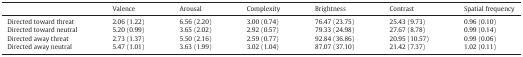
|  | Valence | Arousal | Complexity | Brightness | Contrast | Spatial frequency |
 | --- | --- | --- | --- | --- | --- | --- |
 | Directed toward threat | 2.06 (1.22) | 6.56 (2.20) | 3.00 (0.74) | 76.47 (23.75) | 25.43 (9.73) | 0.96 (0.10) |
 | Directed toward neutral | 5.20 (0.99) | 3.65 (2.02) | 2.92 (0.57) | 79.33 (24.98) | 27.67 (8.78) | 0.99 (0.14) |
 | Directed away threat | 2.73 (1.37) | 5.50 (2.16) | 2.59 (0.77) | 92.84 (36.86) | 20.95 (10.57) | 0.99 (0.06) |
 | Directed away neutral | 5.47 (1.01) | 3.63 (1.99) | 3.02 (1.04) | 87.07 (37.10) | 21.42 (7.37) | 1.02 (0.11) |